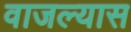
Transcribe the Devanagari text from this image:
वाजल्यास